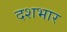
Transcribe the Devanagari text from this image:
दशभार